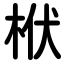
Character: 栿